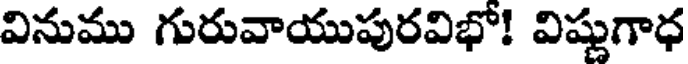
వినుము గురువాయుపురవిభో! విష్ణుగాధ